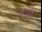
ગડોદ